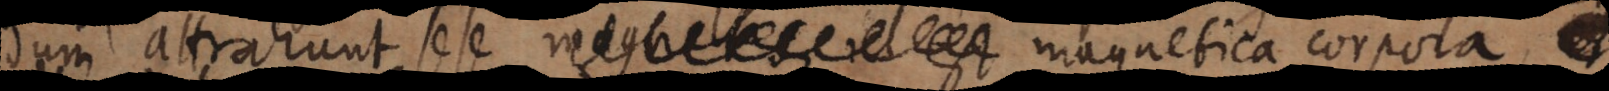
dum attrahunt sese magnetes, id est magnetica corpor